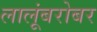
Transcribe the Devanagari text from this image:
लालूंबरोबर